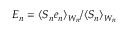
E _ { n } = \langle S _ { n } e _ { n } \rangle _ { W _ { n } } / \langle S _ { n } \rangle _ { W _ { n } }